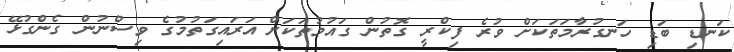
ކަނޑި ބަޑި ހަނގުރާމަތަކަށް ވުރެ ފިކްރީ ގޮތުން ގައުމުތަކަށް އަރައިގަތުމުގެ ވިސްނުން ގެންގުޅޭ